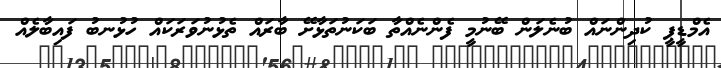
އެމްޑީޕީ ކުދިންނައް ބުނެލަން ބޭނުމީ ފެންނެއްތާ ބަކަނުތަޅާށޭ ބާރައް ތެޅުނުވަރަކައް ހުޅުނބު ފައިބާލެއް